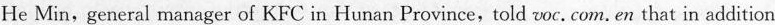
He Min,general manager of KFC in Hunan Province,told voc.com. en that in addition